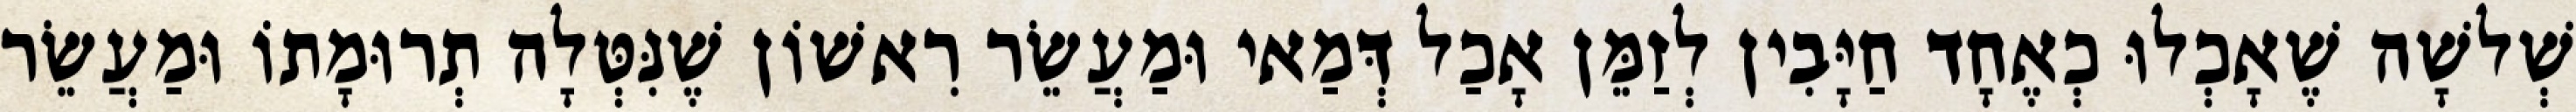
שְׁלשָׁה שֶׁאָכְלוּ כְאֶחָד חַיָּבִין לְזַמֵּן אָכַל דְּמַאי וּמַעֲשֵׂר רִאשׁוֹן שֶׁנִּטְּלָה תְרוּמָתוֹ וּמַעֲשֵׂר